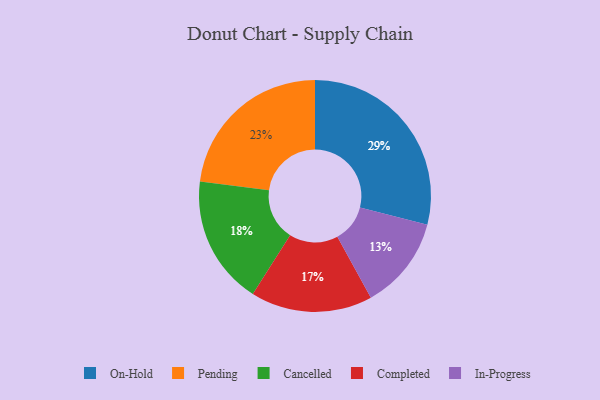
{"axis": {"x": "Category", "y": "Percentage"}, "legend": ["Cancelled", "Completed", "In-Progress", "On-Hold", "Pending"], "data": [{"x": "Pending", "y": 23, "type": "Pending"}, {"x": "Cancelled", "y": 18, "type": "Cancelled"}, {"x": "In-Progress", "y": 13, "type": "In-Progress"}, {"x": "On-Hold", "y": 29, "type": "On-Hold"}, {"x": "Completed", "y": 17, "type": "Completed"}]}